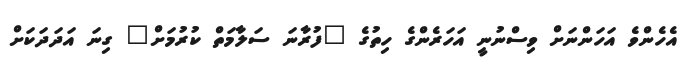
އެހެންވެ އަހަންނަށް ވިސްނުނީ އަހަރެންގެ ހިތުގެ "ފުރާނަ ސަލާމަތް ކުރުމަށް" ގިނަ އަދަދަކަށް